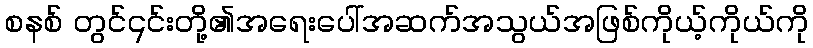
စနစ် တွင်၎င်းတို့၏အရေးပေါ်အဆက်အသွယ်အဖြစ်ကိုယ့်ကိုယ်ကို